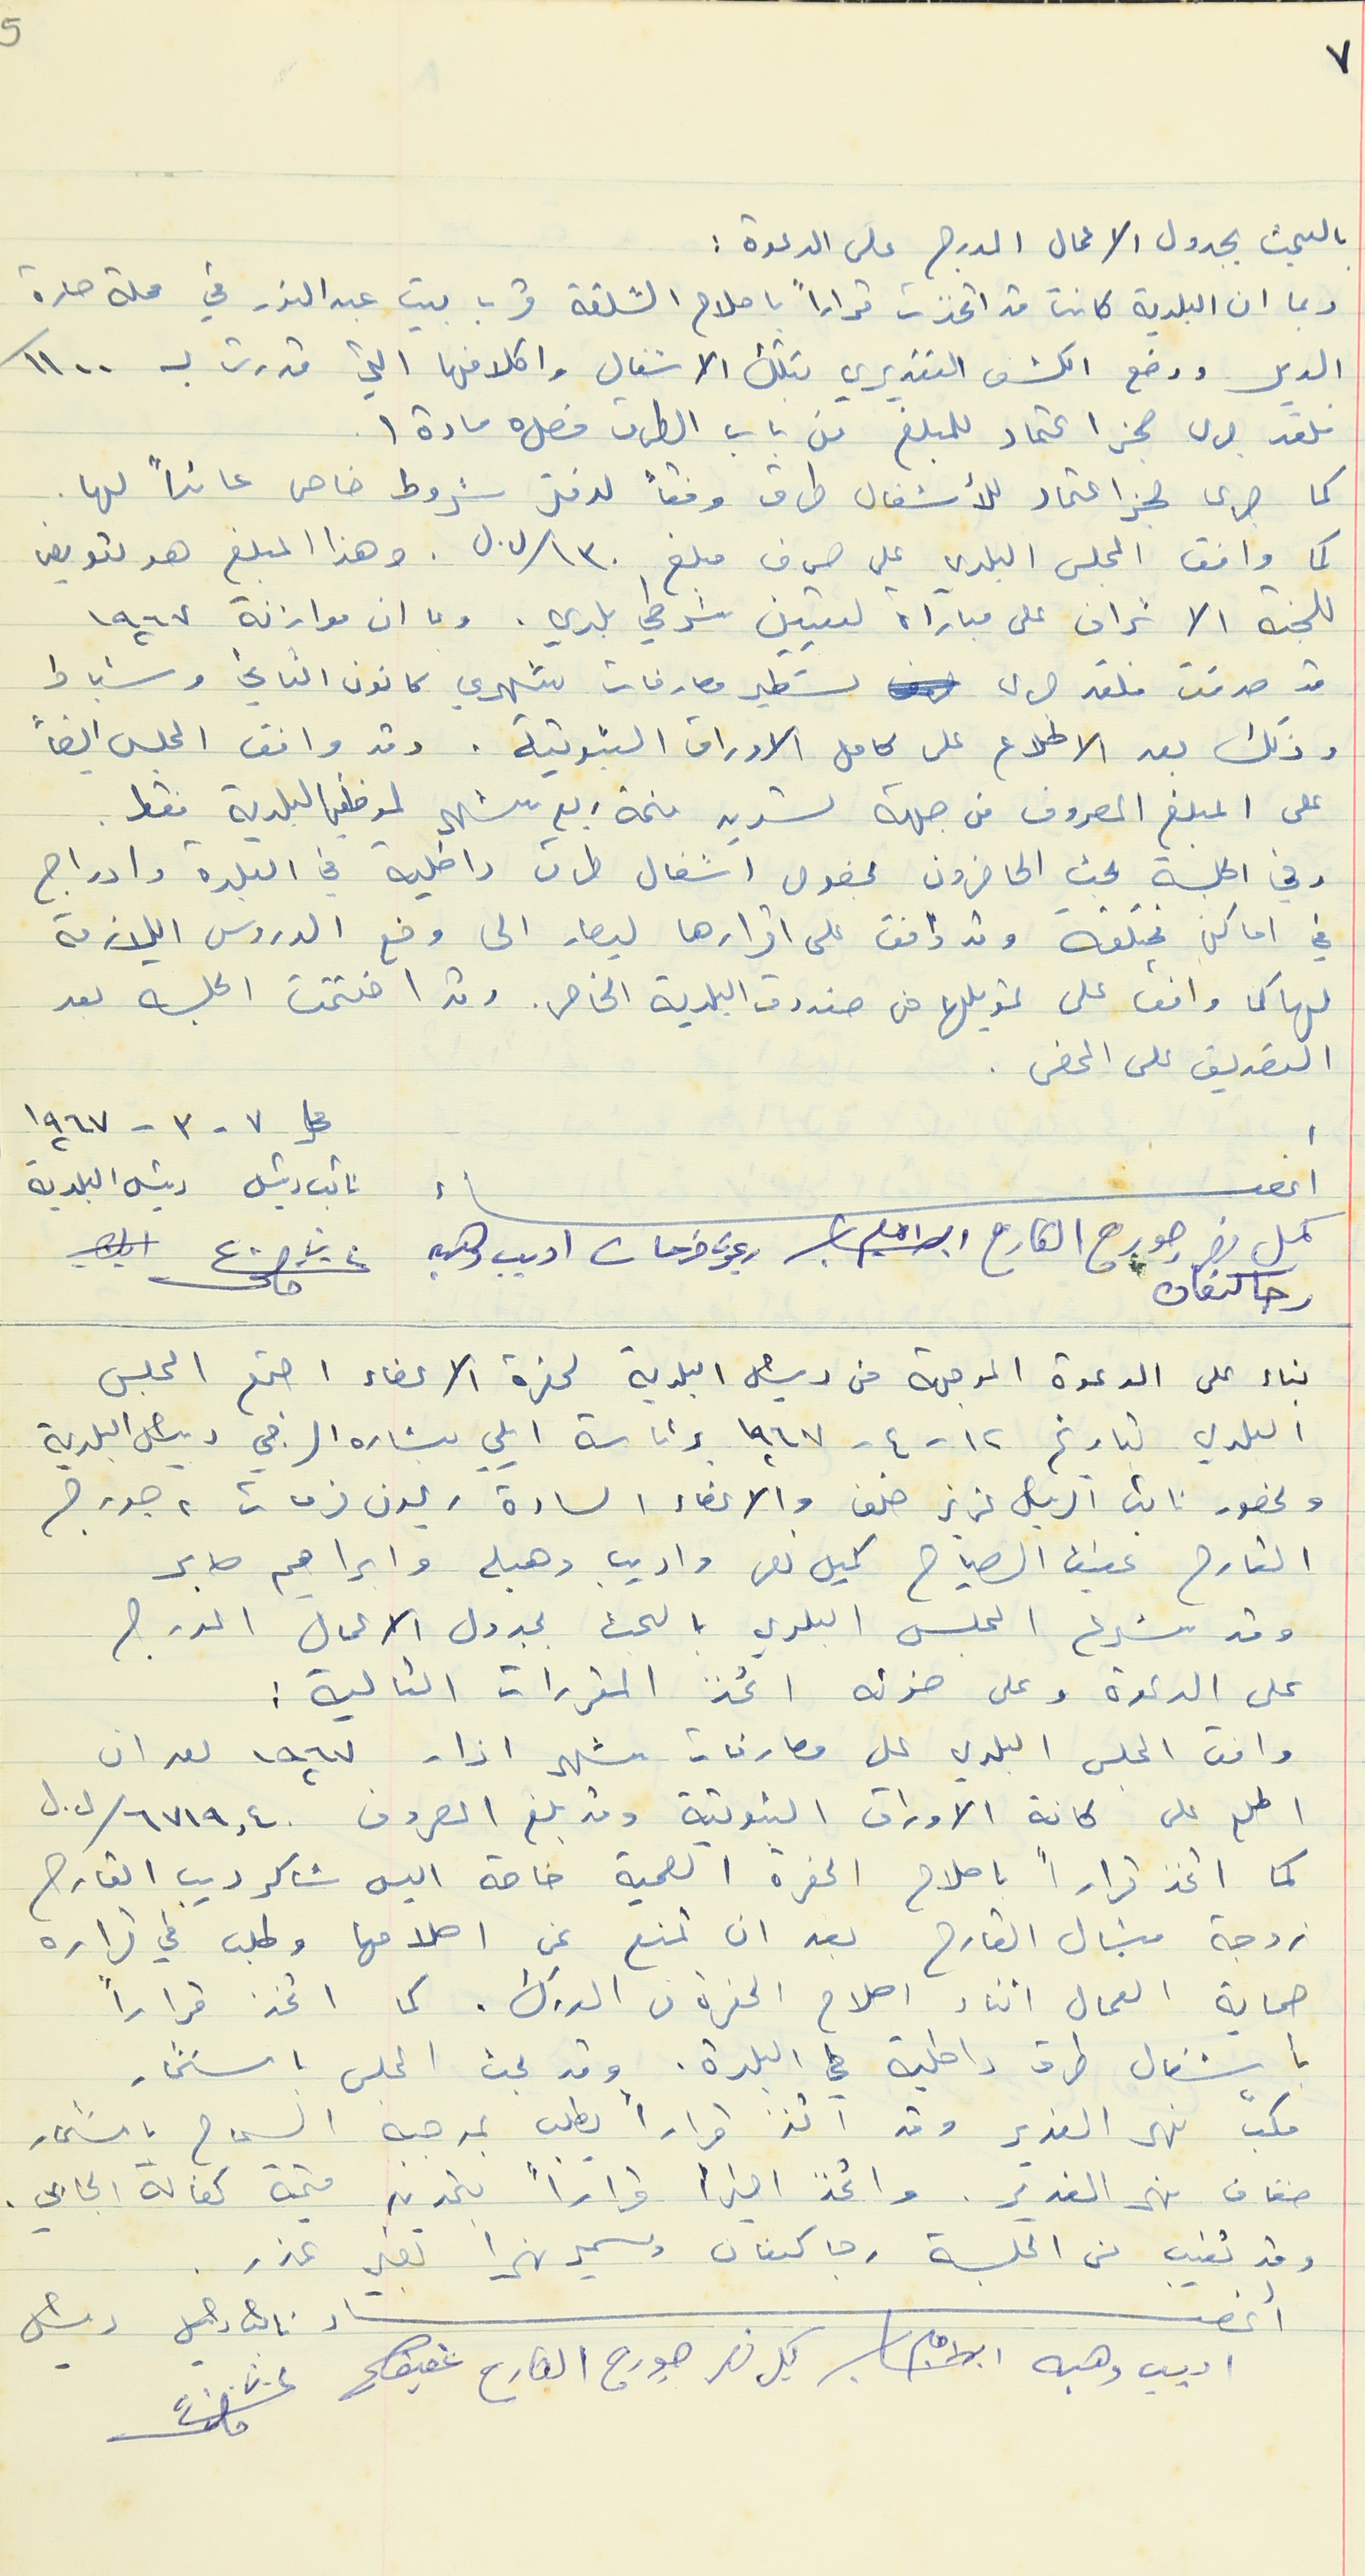
بالبحث بجدول الاعمال المدرج على الدعوة :
وبما ان البلدية كانت قد اتخذت قراراً باصلاح الشلقة قرب بيت عبد النور في محلة حارة
الدير ووضع الكشف التقديري بتلك الاشغال واكلافها التي قدرت بـ ١١٠٠/
فلقد جرى حجز اعتماد للمبلغ من باب الطرق فصل ٥ مادة ١
 كما جرى حجز اعتماد للأشغال طرق وفقاً لدفتر شروط خاص عائداً لها.
كما وافق المجلس البلدي على صرف مبلغ ١٣٠ /ل.ل . وهذا المبلغ هو تعويض
للجنة الاشراف على مباراة لتعيين شرطي بلدي . وبما ان موازنة ١٩٦٧
قد صدقت فلقد جرى تستطير مصارفات بشهري كانون الثاني وشباط
وذلك بعد الاطلاع على كامل الاوراق الثبوتية. وقد وافق المجلس ايضاً
على المبلغ المصروف من جهة تسديد قيمة ربع شهر لموظفي البلدية فقط.
وفي الجلسة بحث الحاضرون بخصوص اشغال طرق داخلية في البلدة وادراج
في اماكن مختلقه وقد وافق على اقرارها ليصار الى وضع الدروس اللازمة
لها كما وافق على تمويلها من صندوق البلدية الخاص. وقد اختتمت الجلسه بعد
التصديق على المحضر .
 1 ناتب وئيل ريشل البلدية
بناء على الدعوة الموجهة من رئيس البلدية لحضرة الاعضاء اجتمع المجلس
البلدي بتاريخ ١٢ - ٤ - ١٩٦٧ برئاسة ايلي بشاره الرجي رئيس البلدية
وبحضور نائب الرئيس عزيز خلف والاعضاء السادة ريمون فرحات ، جورج
القارح عفيف الصياح كميل نصر واديب وهبه وابراهيم صابر
وقد شرع المجلس البلدي بالبحث بجدول الاعمال المدرج
على الدعوة وعلى ضوئه اتخذ المقرارات التالية :
وافق المجلس البلدي على مصارفات شهر اذار ١٩٦٧ بعد ان
اطلع على كافة الاوراق الثبوتية وقد بلغ المصروف ٦٧١٩,٤٠ /ل.ل
كما اتخذ قراراً باصلاح الحفرة الصحية خاصة اليس شاكر ديب القارح
زوجة ميشال القارح بعد ان تمنع عن اصلاحها وطلب في قراره
حماية العمال اثناء اصلاح الحفرة من الدرك. كما اتخذ قراراً
باشغال طرق داخلية في البلدة. وقد بحث المجلس باستثمار
مكب نهر الغدير وقد اتخذ قراراً يطلب بموجبه السماح باستثمار
ضفاف نهر الغدير. واتخذ اخيراً قراراً بتحديد قيمة كفالة الجابي.
وقد تغيب من الحلسة رجا كنعان وسمير نهرا بغير عذر.
أعضاء نائب رئيس رئيس
اديب وهبه ابراهيم كميل نصر جورج القارح عفيف
٧
5
في ٧ - ٣ - ١٩٦٧
أعضاء نائب رئيس رئيس البلدية
كميل نصر جورج القارح ابراهيم ريمون فرحات اديب وهبه
رجا كنعان